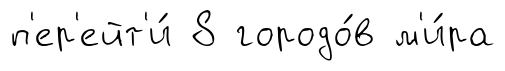
п'ер'ейт'и́ 8 городо́в м'и́ра